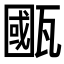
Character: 𤮋